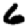
Digit: 6